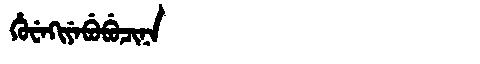
Manchu: ᡥᡠᠸᡝᡴᡳᠶᡝᠪᡠᠪᡠᠴᡳᠨᠠ
Romanization: HUWEKIYEBUBUCINA